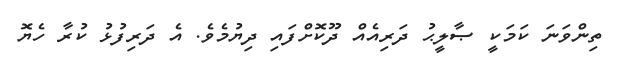
ތިންވަނަ ކަމަކީ ޞާލީޙު ދަރިއެއް ދޫކޮށްފައި ދިޔުމެވެ. އެ ދަރިފުޅު ކުރާ ހެޔޮ